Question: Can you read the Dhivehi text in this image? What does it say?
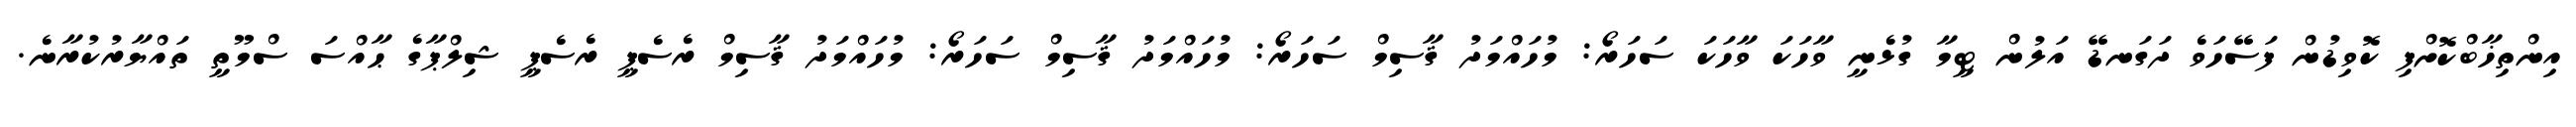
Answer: އިންތިޚާބްކޮށްފި ކޮވިޑުން ފަސޭހަވެ ދަގަނޑޭ އަލުން ޓީމާ ގުޅެނީ ވާހަކަ ވާހަކަ ސަހަރޯ: މުހައްމަދު ޤާސިމް ސަހަރޯ: މުހައްމަދު ޤާސިމް ސަހަރޯ: މުހައްމަދު ޤާސިމް ރެސެޕީ ރެސެޕީ ޝިލްޕާގެ ޙާއްސަ ސްމޫތީ ތައްޔާރުކުރާނެ.